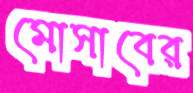
মোসাবের